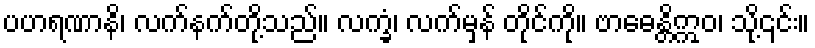
ပဟရဏာနိ၊ လက်နက်တို့သည်။ လက္ခံ၊ လက်မှန် တိုင်ကို။ ဗာဓေန္တိဣဝ၊ သို့၎င်း။